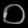
Digit: ၀